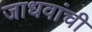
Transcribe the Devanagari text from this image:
जाधवांची